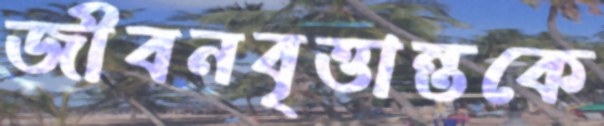
জীবনবৃত্তান্তকে